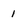
Character: 1